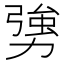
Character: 勥